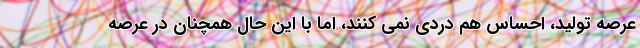
عرصه تولید، احساس هم دردی نمی کنند، اما با این حال همچنان در عرصه